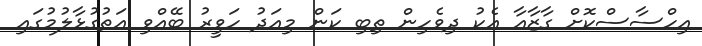
އިހްސާސްކޮށް ގާޒާއާ އެކު ދިވެހިން ތިބި ކަން މިއަދު ހަވީރު ބޭއްވި އަތުގުޅާލުމުގައި